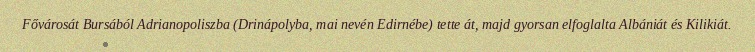
Fővárosát Bursából Adrianopoliszba (Drinápolyba, mai nevén Edirnébe) tette át, majd gyorsan elfoglalta Albániát és Kilikiát.